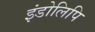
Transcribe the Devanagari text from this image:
इंडोलिपि